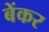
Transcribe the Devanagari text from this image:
बेंकर